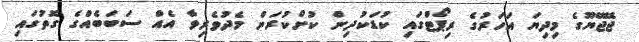
ޖޭޖޭޔޫގެ މިދިޔަ އަހަރުގެ ރިޕޯޓްގައި ކުޑަކުދިން ކުށްކުރަން މެދުވެރިވާ އެއް ސަބަބެއްގެ ގޮތުގައި